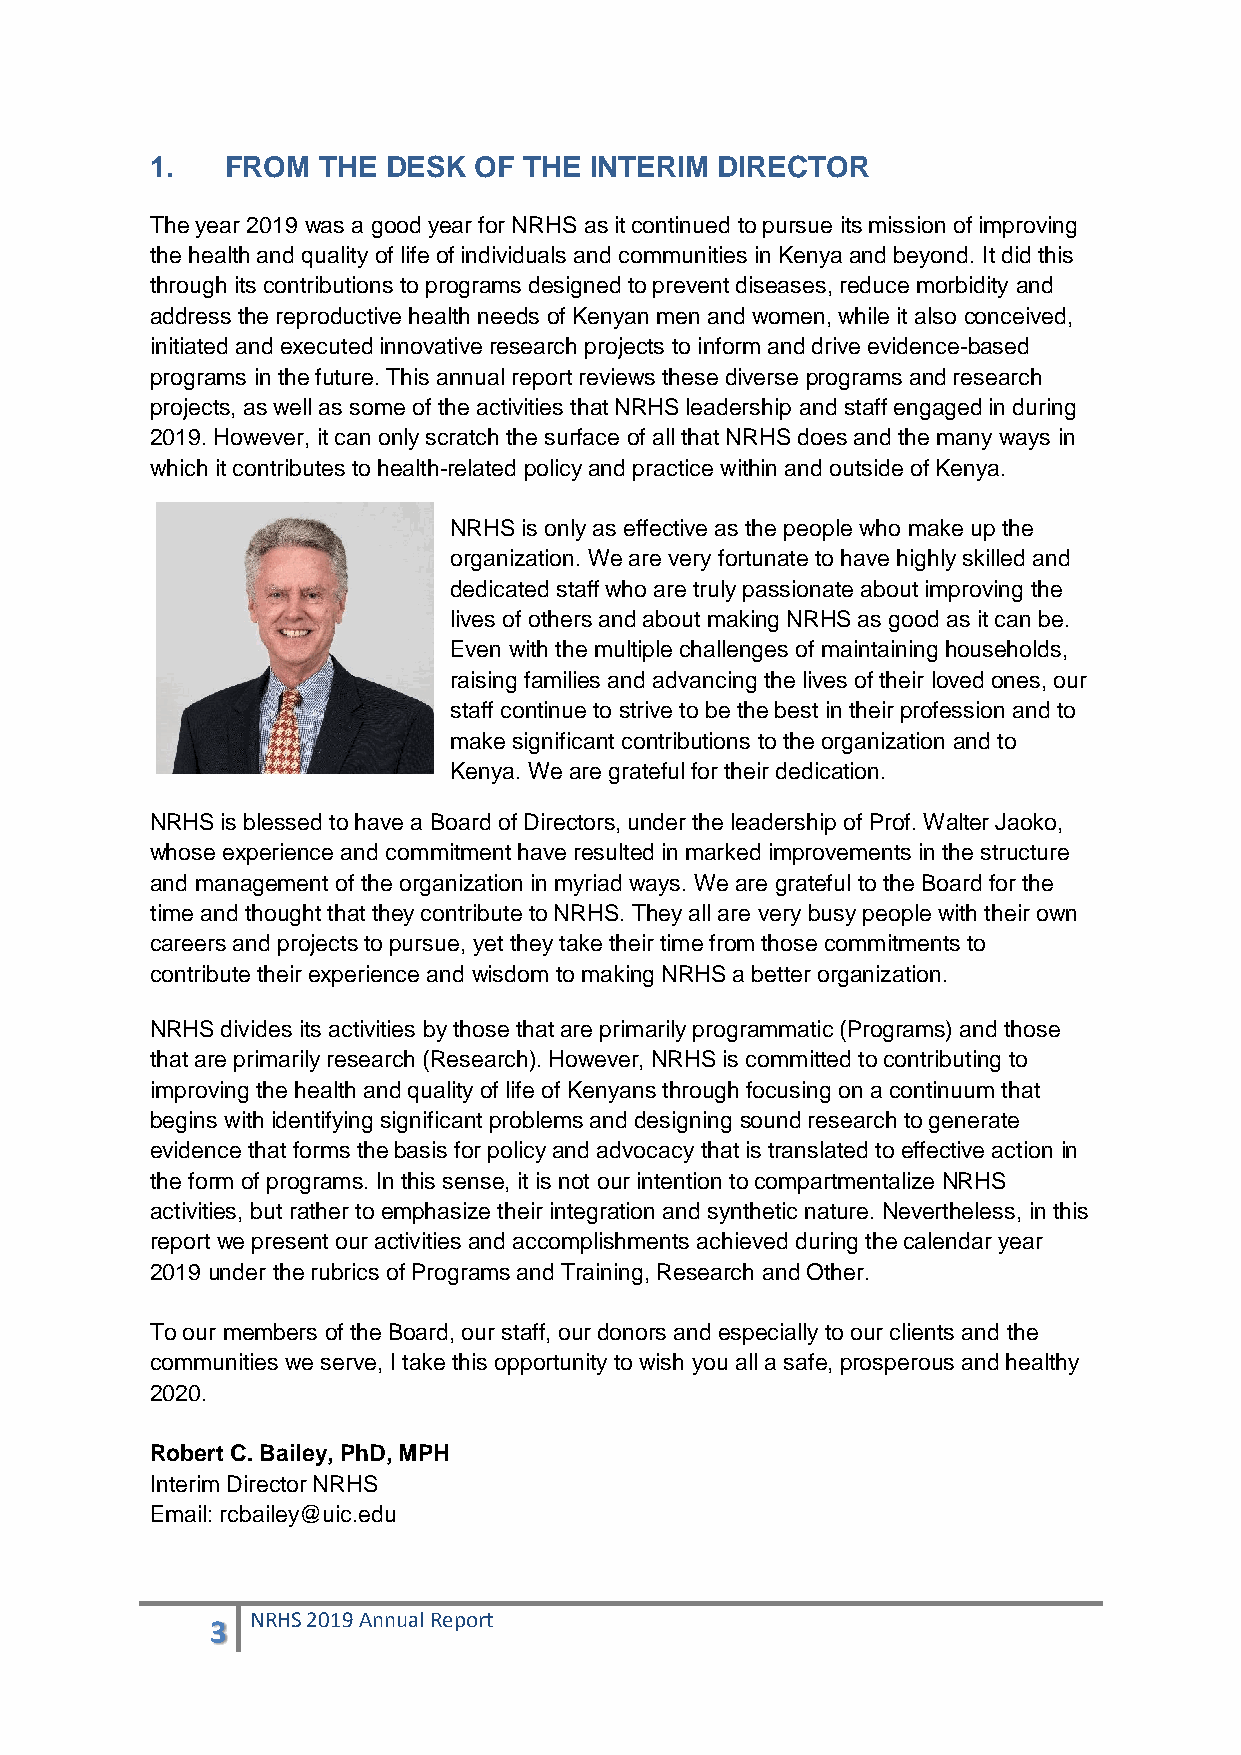
1.   FROM  THE  DESK OF  THE INTERIM  DIRECTOR
 The year 2019 was a good year for NRHS as it continued to pursue its mission of improving
 the health and quality of life of individuals and communities in Kenya and beyond. It did this
 through its contributions to programs designed to prevent diseases, reduce morbidity and
 address the reproductive health needs of Kenyan men and women, while it also conceived,
 initiated and executed innovative research projects to inform and drive evidence-based
 programs in the future. This annual report reviews these diverse programs and research
 projects, as well as some of the activities that NRHS leadership and staff engaged in during
 2019. However, it can only scratch the surface of all that NRHS does and the many ways in
 which it contributes to health-related policy and practice within and outside of Kenya.
 NRHS is only as effective as the people who make up the
 organization. We are very fortunate to have highly skilled and
 dedicated staff who are truly passionate about improving the
 lives of others and about making NRHS as good as it can be.
 Even with the multiple challenges of maintaining households,
 raising families and advancing the lives of their loved ones, our
 staff continue to strive to be the best in their profession and to
 make significant contributions to the organization and to
 Kenya. We are grateful for their dedication.
 NRHS is blessed to have a Board of Directors, under the leadership of Prof. Walter Jaoko,
 whose experience and commitment have resulted in marked improvements in the structure
 and management of the organization in myriad ways. We are grateful to the Board for the
 time and thought that they contribute to NRHS. They all are very busy people with their own
 careers and projects to pursue, yet they take their time from those commitments to
 contribute their experience and wisdom to making NRHS a better organization.
 NRHS divides its activities by those that are primarily programmatic (Programs) and those
 that are primarily research (Research). However, NRHS is committed to contributing to
 improving the health and quality of life of Kenyans through focusing on a continuum that
 begins with identifying significant problems and designing sound research to generate
 evidence that forms the basis for policy and advocacy that is translated to effective action in
 the form of programs. In this sense, it is not our intention to compartmentalize NRHS
 activities, but rather to emphasize their integration and synthetic nature. Nevertheless, in this
 report we present our activities and accomplishments achieved during the calendar year
 2019 under the rubrics of Programs and Training, Research and Other.
 To our members of the Board, our staff, our donors and especially to our clients and the
 communities we serve, I take this opportunity to wish you all a safe, prosperous and healthy
 2020.
 Robert C. Bailey, PhD, MPH
 Interim Director NRHS
 Email: rcbailey@uic.edu
 3  NRHS 2019 Annual Report